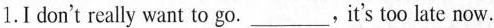
1.I don't really want to go.___,it's too late now.